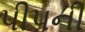
પીપની